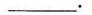
___.